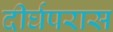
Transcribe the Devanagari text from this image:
दीर्घपरास